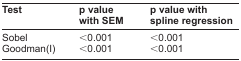
| Test | p value with SEM | p value with spline regression |
 | --- | --- | --- |
 | Sobel | <0.001 | <0.001 |
 | Goodman(I) | <0.001 | <0.001 |